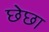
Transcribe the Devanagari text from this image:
छेछा